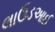
લાઉડઆઈ